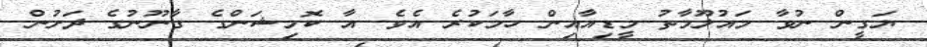
ޔަގީން ނުވާ މައުލޫމާތު މީޑިއާއިން ހާމަކުރެ އެވެ. އާ ކޮމިޝަންގެ ގާނޫނުގެ ދަށުން